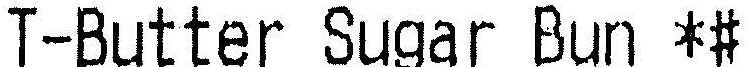
T-BUTTER SUGAR BUN *#